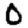
Digit: 0